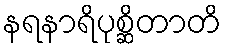
နရနာရိပုစ္ဆိတာတိ